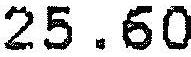
25.60